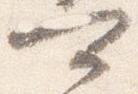
可